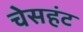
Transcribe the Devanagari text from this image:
चेसहंट